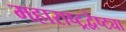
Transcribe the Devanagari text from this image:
महाराष्ट्रद्वेष्ट्या